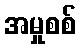
အမှုစစ်